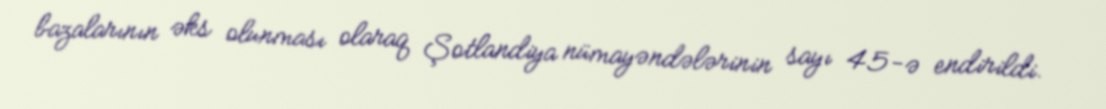
bazalarının əks olunması olaraq Şotlandiya nümayəndələrinin sayı 45-ə endirildi.